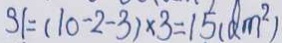
3 1 = ( 1 0 - 2 - 3 ) \times 3 = 1 5 ( d m ^ { 2 } )